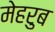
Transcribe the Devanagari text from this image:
मेहरुब